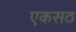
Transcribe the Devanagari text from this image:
एकसठ